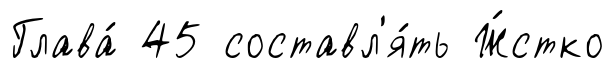
Глава́ 45 составл'я́ть Ж́стко